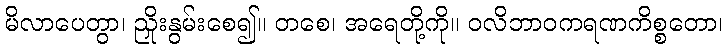
မိလာပေတွာ၊ ညှိုးနွမ်းစေ၍။ တစေ၊ အရေတို့ကို။ ဝလိဘာဝကရဏကိစ္စတော၊